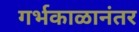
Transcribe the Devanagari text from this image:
गर्भकाळानंतर